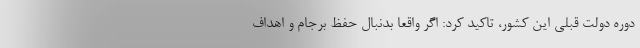
دوره دولت قبلی این کشور، تاکید کرد: اگر واقعا بدنبال حفظ برجام و اهداف